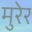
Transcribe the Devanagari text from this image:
मुरेर